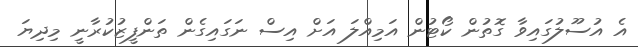
އެ އުސޫލުގައިވާ ގޮތުން ކޯޓުން އަމިއްލަ އަށް އިސް ނަގައިގެން ތަންފީޒުކުރާނީ މިދިޔަ